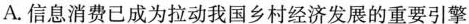
A. 信息消费已成为拉动我国乡村经济发展的重要引擎